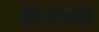
દાઝયા